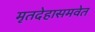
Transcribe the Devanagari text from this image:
मृतदेहासमवेत